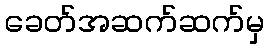
ခေတ်အဆက်ဆက်မှ